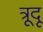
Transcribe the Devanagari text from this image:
त्रूदू